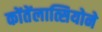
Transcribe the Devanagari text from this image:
कोंतेंलात्सियोने